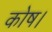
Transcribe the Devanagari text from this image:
कोष।